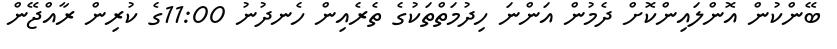
ބޭންކުން އޮންލައިންކޮށް ދެމުން އަންނަ ހިދުމަތްތަކުގެ ތެރެއިން ހެނދުނު 11:00ގެ ކުރިން ރާއްޖޭން